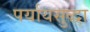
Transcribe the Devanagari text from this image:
पर्यायसुद्धा